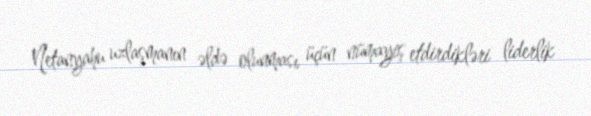
Netanyahu uzlaşmanın əldə olunması üçün nümayiş etdirdikləri liderlik